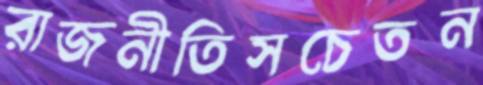
রাজনীতিসচেতন